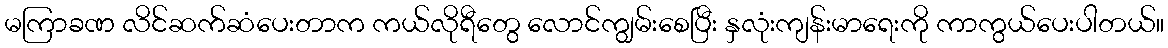
မကြာခဏ လိင်ဆက်ဆံပေးတာက ကယ်လိုရီတွေ လောင်ကျွမ်းစေပြီး နှလုံးကျန်းမာရေးကို ကာကွယ်ပေးပါတယ်။